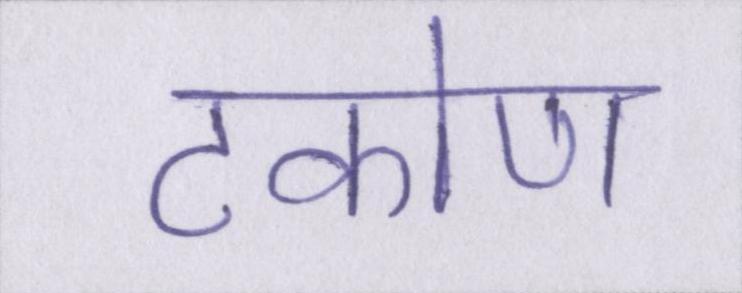
टकोण